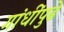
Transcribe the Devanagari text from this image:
गांधींपुढे